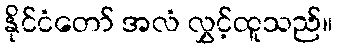
နိုင်ငံတော် အလံ လွှင့်ထူသည်။